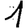
Digit: 1